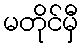
မတိုင်မှီ